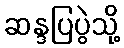
ဆန္ဒပြပွဲသို့